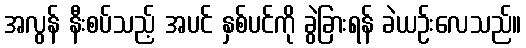
အလွန် နီးစပ်သည့် အပင် နှစ်ပင်ကို ခွဲခြားရန် ခဲယဉ်းလေသည်။